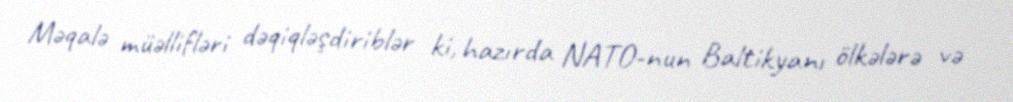
Məqalə müəllifləri dəqiqləşdiriblər ki, hazırda NATO-nun Baltikyanı ölkələrə və